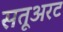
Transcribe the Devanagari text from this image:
सतूअरट